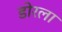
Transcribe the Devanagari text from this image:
डोरला